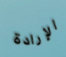
الإرادة